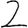
Digit: 2